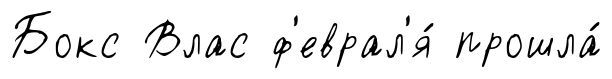
Бокс Влас ф'еврал'я́ прошла́